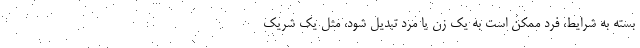
بسته به شرایط، فرد ممکن است به یک زن یا مرد تبدیل شود، مثل یک شریک